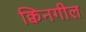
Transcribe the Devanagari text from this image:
क्विनगील